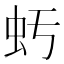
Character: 𧈯